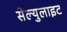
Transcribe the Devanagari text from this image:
सेल्युलाइट